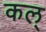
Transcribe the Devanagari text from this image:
कल्‌